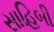
સાહિબી